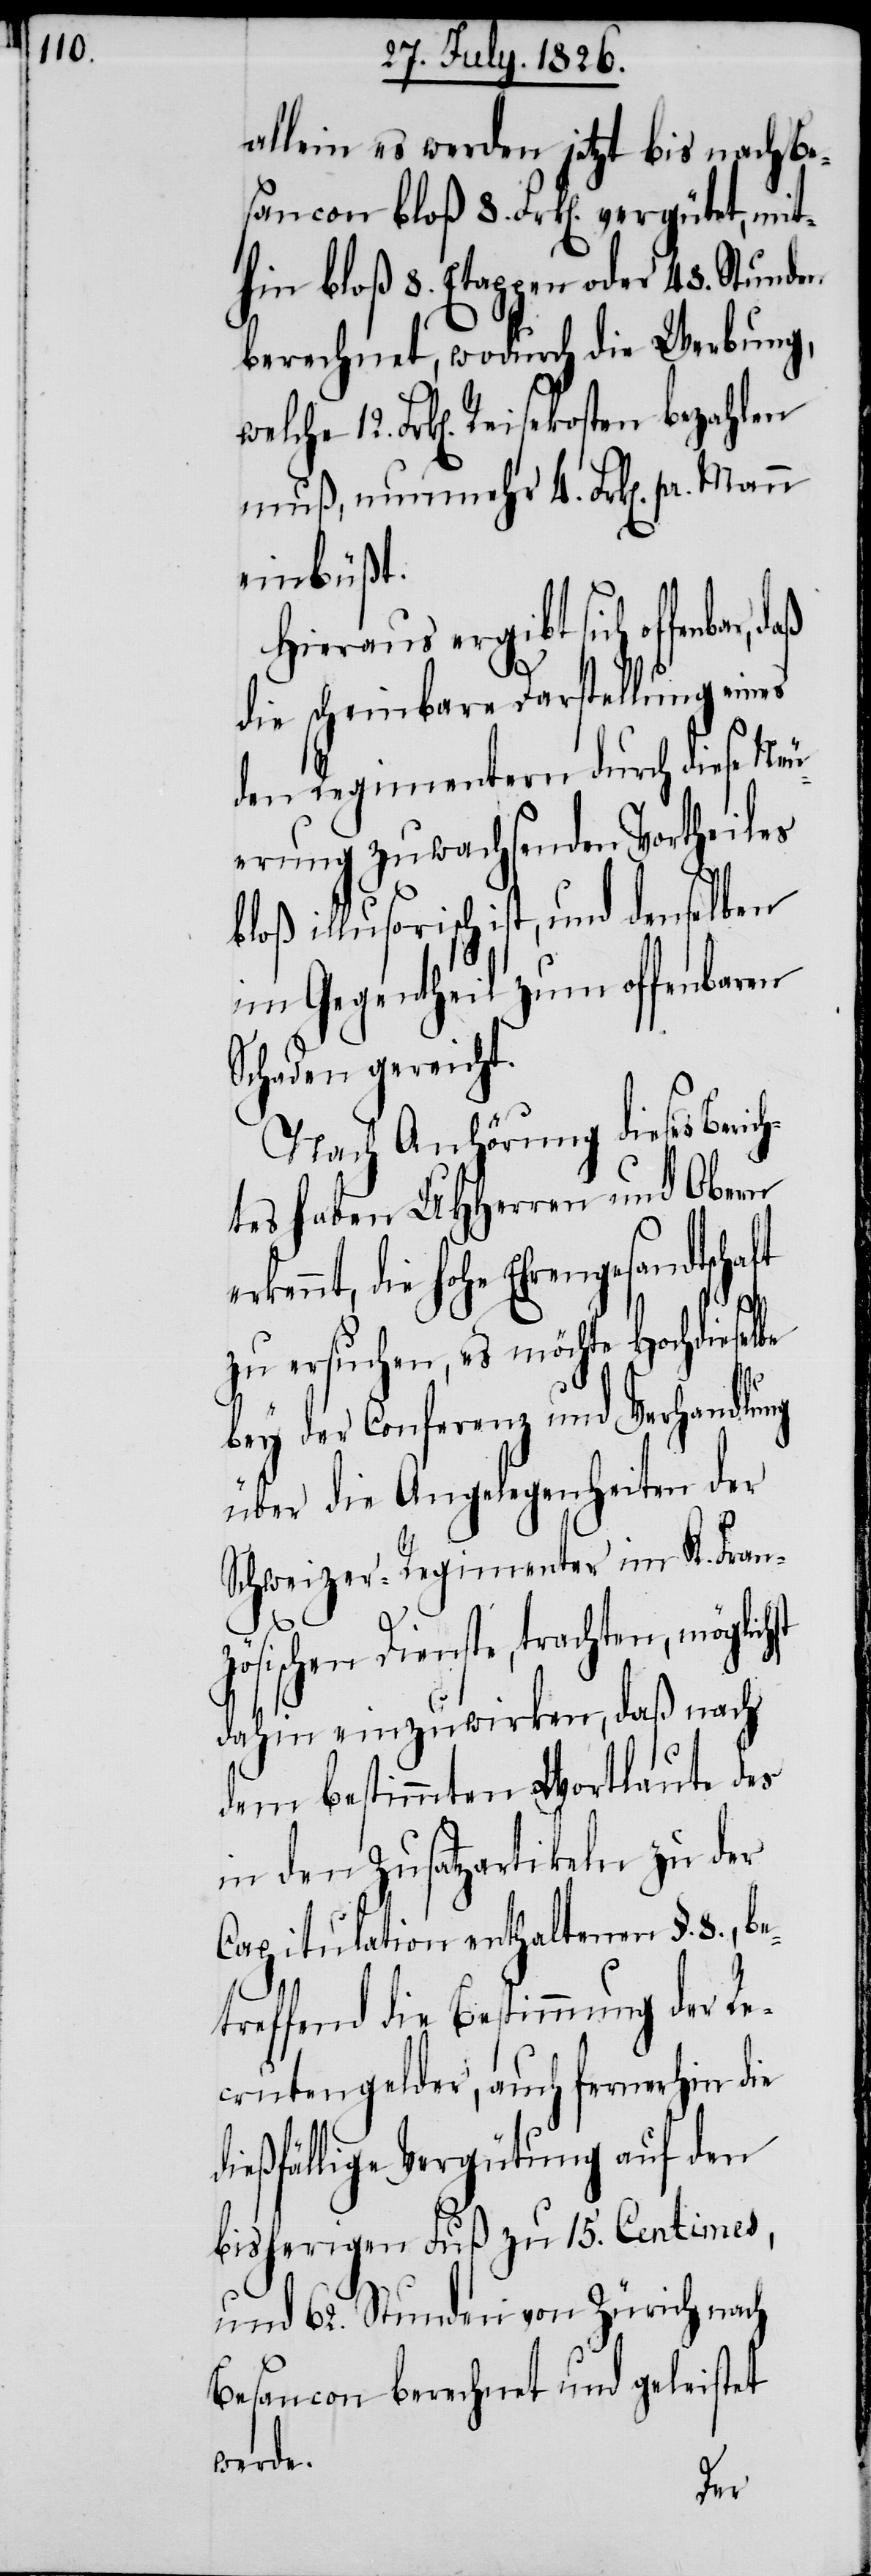
st

lein es werden jetzt bis nach Be¬
sancon bloß 8. Frk[en]. vergütet, mit¬
hin bloß 8. Etappen oder 48. Stunden
berechnet, wodurch die Werbung,
muß, nunmehr 4. Frk[en]. pr.
einbüßt.
Hieraus ergibt sich offenbar,
die scheinbare Darstellung eines
den Regimentern durch diese Neu¬
erung zuwachsenden Vortheiles
illusorisch ist, und denselben
im Gegentheil zum offenbaren
Schaden gereicht.
Nach Anhörung dieses Beric¬
htes haben MHHerren und Obern
die hohe Ehrengesandtschaft
zu ersuchen, es möchte Hochdieselbe
bey der Conferenz und Verhandlung
über die Angelegenheiten der
Schweizer-Regimenter im K. Fran¬
zösischen Dienste, trachten, möglich¬
dahin einzuwirken, daß nach
dem bestimmten Wortlaute des
in den Zusatzartikeln zu der
Capitulation enthaltenen §. 8., be¬
treffend die Bestimmung der Re¬
crutengelder, auch fernerhin die
dießfällige Vergütung auf den
bisherigen Fuß zu 15. Centimes,
und 62. Stunden von Zürich nach
Besancon berechnet und geleistet
werde.